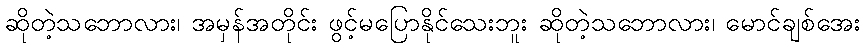
ဆိုတဲ့သဘောလား၊ အမှန်အတိုင်း ဖွင့်မပြောနိုင်သေးဘူး ဆိုတဲ့သဘောလား၊ မောင်ချစ်အေး